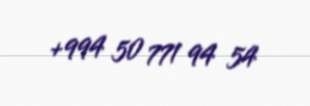
+994 50 771 94 54